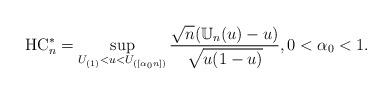
LaTeX: \begin{align*}\mbox{HC}^*_n=\sup_{U_{(1)}<u<U_{([\alpha_0 n])}} \frac{\sqrt{n} (\mathbb{U}_{n}(u)-u)}{\sqrt{u(1-u)}},0<\alpha_0<1.\end{align*}